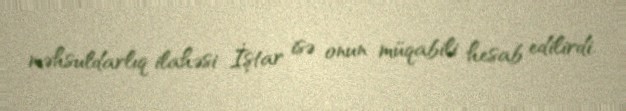
məhsuldarlıq ilahəsi İştar isə onun müqabili hesab edilirdi.